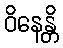
ဝိနေန္တိ